V__Kingissepa_nim__kolhoos, lk 20
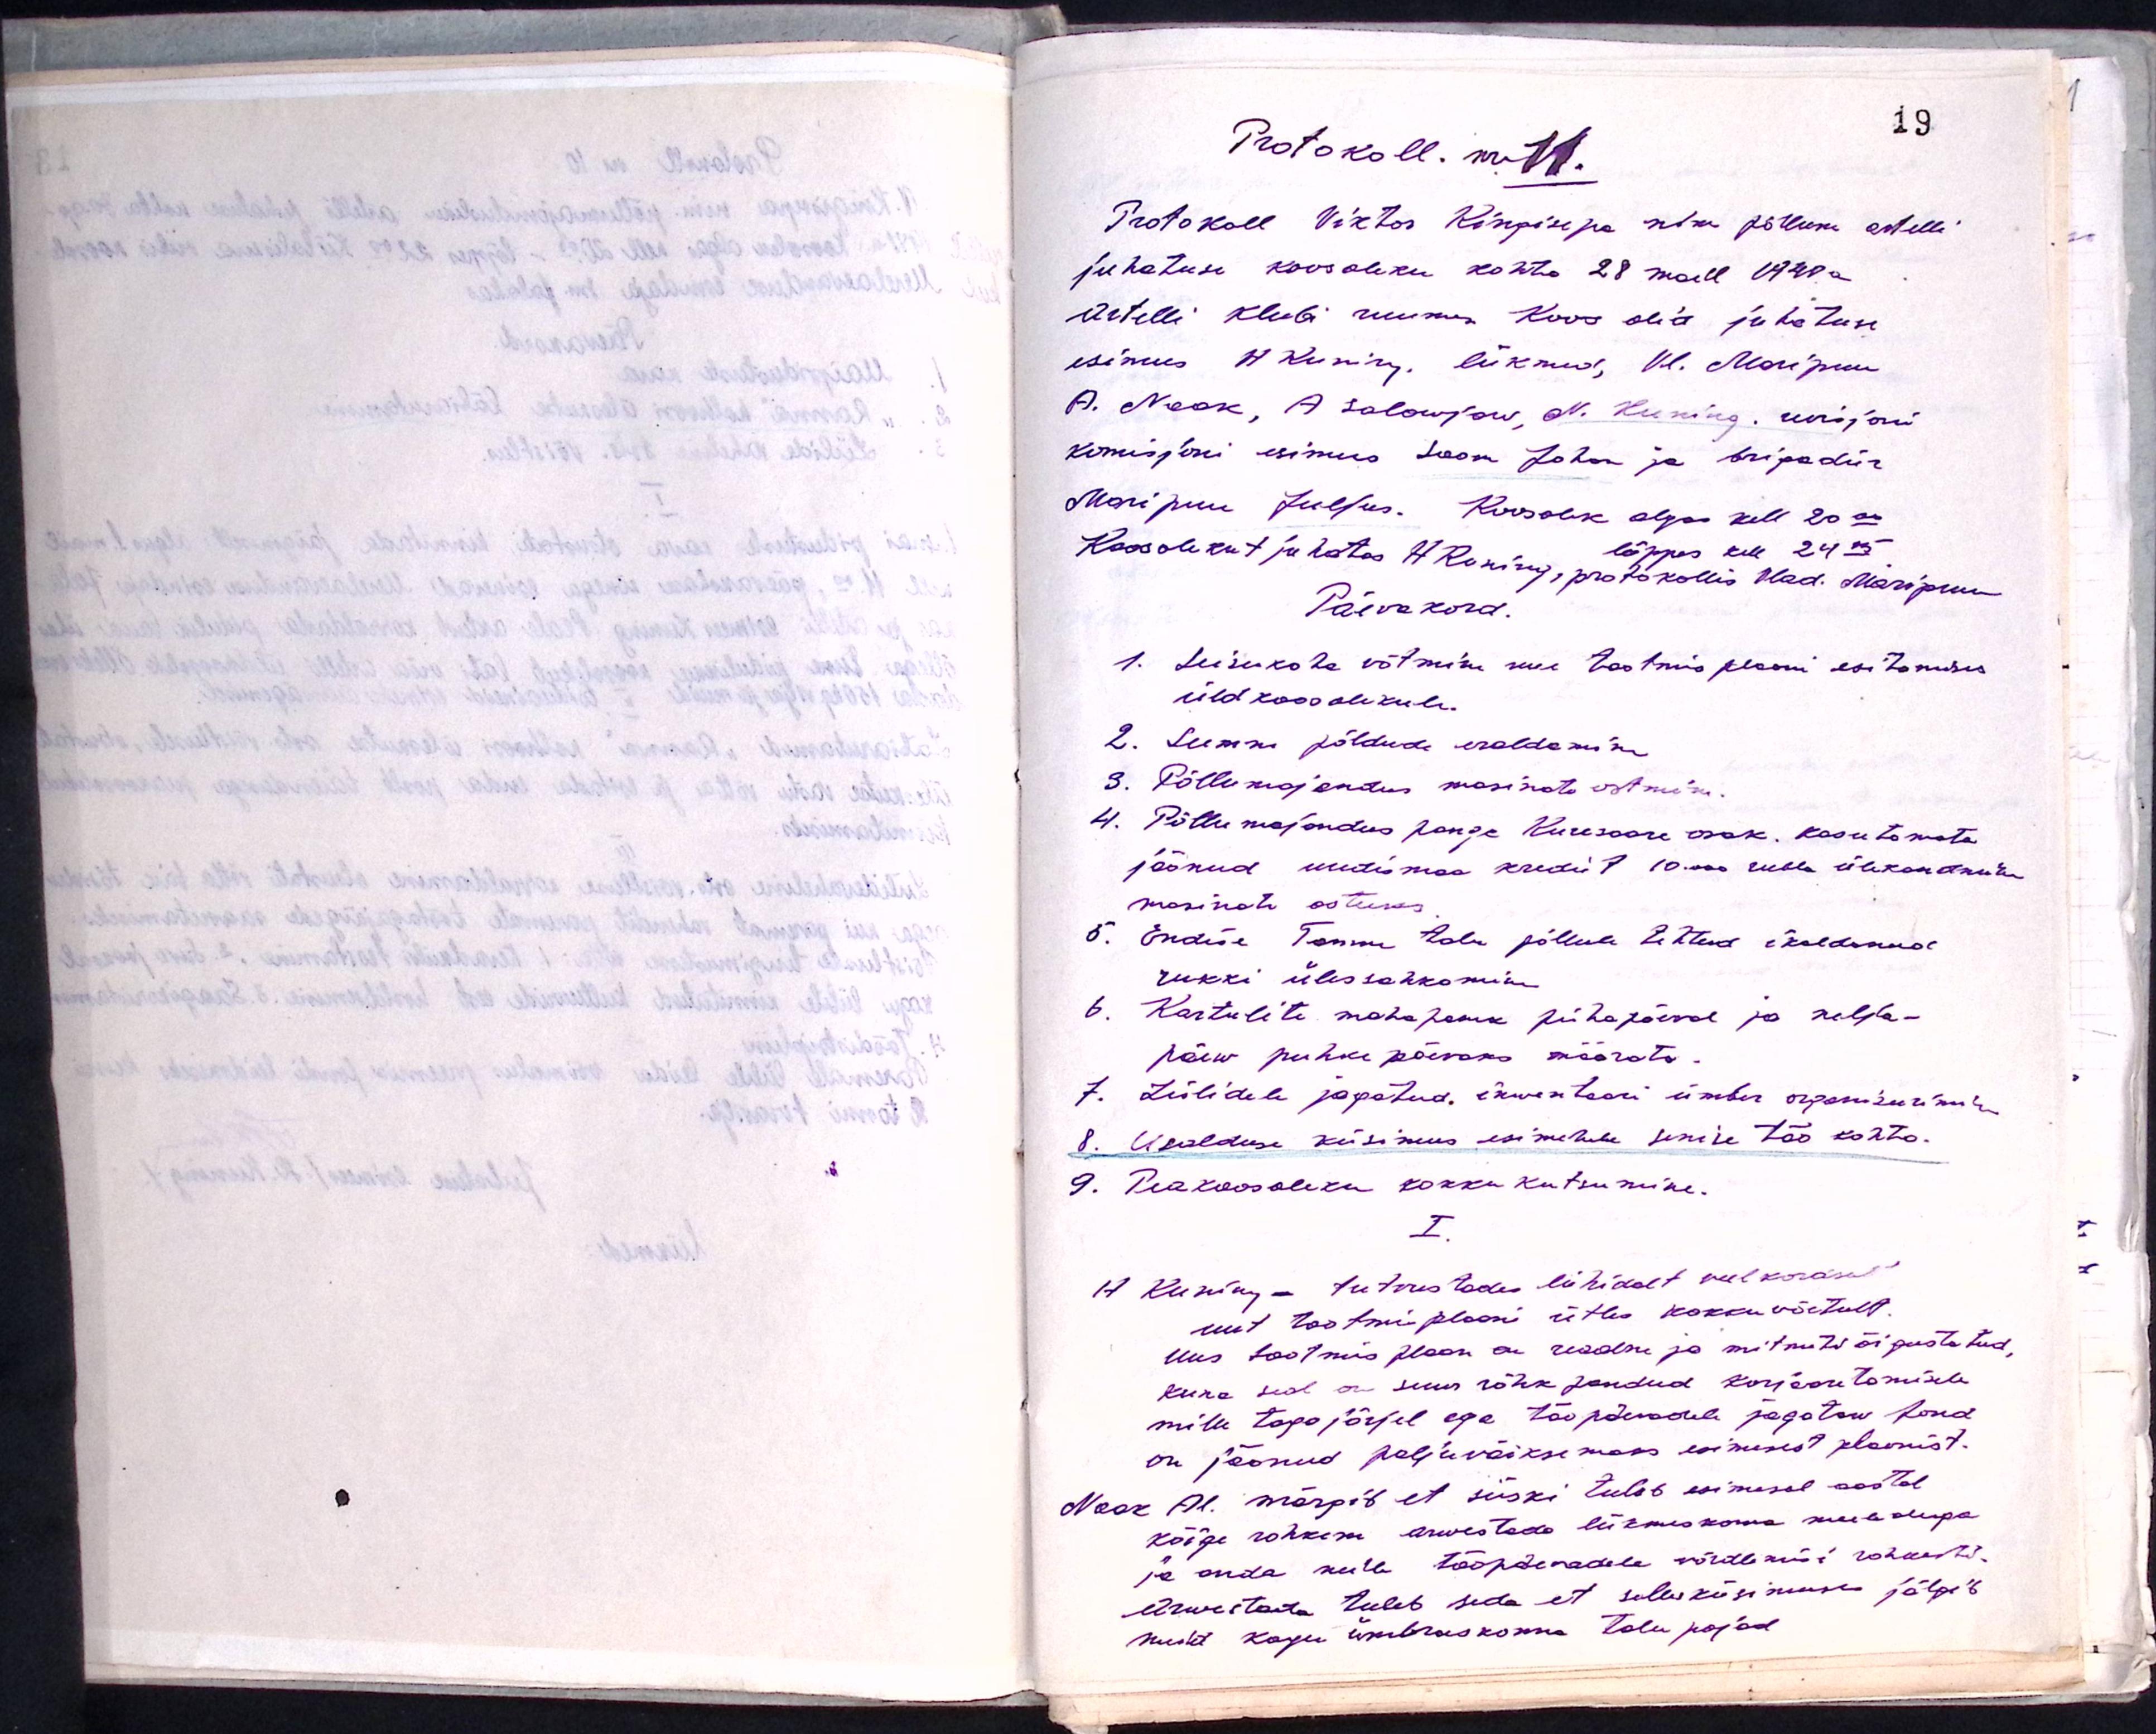
Protokoll nr.11.
Protokoll Viktor Kingisepa nim põllum artelli
juhatuse koosoleku kohta 28 mail 1948 a.
Artelli klubi ruumis. Koos olid juhatuse
esimees H. Kuning, liikmed, Vl. Maripuu
A. Naak, A. Solowjow, N. Kuning. revisjoni
komisjoni esimees Soom Johan ja brigadiir
Maripuu Juljus. Koosolek algas kell 20.00
lõppes kell 24.15
Koosolekut juhatas H. Kuning, protokollis Vlad. Maripuu
Päevakord.
1. Seisukoha võtmine uue tootmis plaani esitamises
üldkoosolekule.
2. Seemne põldude eraldamine
3. Põllumajandus masinate ostmine.
4. Põllumajandus panga Kuresaare osak. kasutamata
jäänud uudismaa kredit 10.000 rubla ülekandmine
masinate ostuks.
5. Endise Tamme talu põllule tehtud ikaldunud
rukki ülessahkamine
6. Kartulite mahapanek pühapäeval ja nelja-
päew puhkepäevaks määrata.
7. Lülidele jagatud, inventaari ümber organiseerimine
8. Usalduse küsimus esimehele senise töö kohta
9. Peakoosoleku kokku kutsumine.
I.
H. Kuning - tutvustades lühidalt veel korral
uut tootmisplaani ütles kokkuvõetult.
Uus tootmispaan on reaalse ja mitmeti õigustatud,
kuna seal on suur rõhk pandud korjearetamisele
mille tagajärjel ega tööpõllumaadele jagataw fond
on jäänud palju väiksemaks esimesest plaanist.
Naak Al. märgib et siiski tuleb esimesel aastal
kõige rohkem arwestada liikmeskonna meelespea
ja anda meile tööpäevadele võrdlemisi rohkesti.
Arvestada tuleb seda et selles küsimuse jälgib
seda kogu ümbruskonna talu pojad